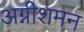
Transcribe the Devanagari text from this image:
अग्नीशमन